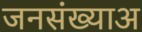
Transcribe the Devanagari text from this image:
जनसंख्याअ